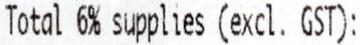
TOTAL 6% SUPPLIES (EXCL. GST):